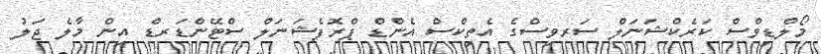
މޯލްޑިވްސް ކަރެކްޝަނަލް ސަރވިސްގެ އެތިކްސް އެންޑް ޕްރޮފެޝަނަލް ސްޓޭންޑަރޑް އިން މާލެ ޖަލު